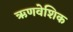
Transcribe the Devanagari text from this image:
ऋणवेशिक